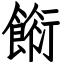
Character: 餰